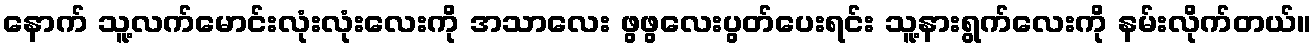
နောက် သူ့လက်မောင်းလုံးလုံးလေးကို အသာလေး ဖွဖွလေးပွတ်ပေးရင်း သူ့နားရွက်လေးကို နမ်းလိုက်တယ်။